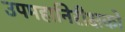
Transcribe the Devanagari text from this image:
उपमहानिरीक्षकों